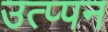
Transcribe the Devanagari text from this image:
उत्प्पन